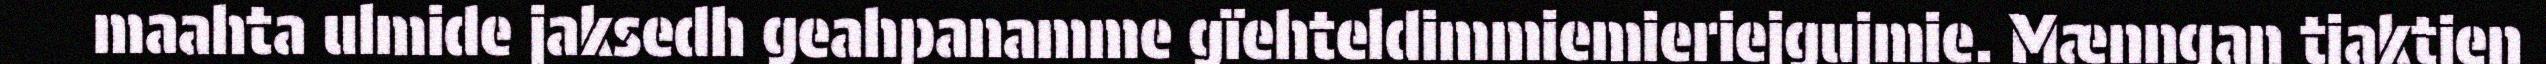
maahta ulmide jaksedh geahpanamme gïehteldimmiemieriejgujmie. Mænngan tjaktjen